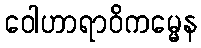
ဝေါဟာရာဝိကမ္မေန